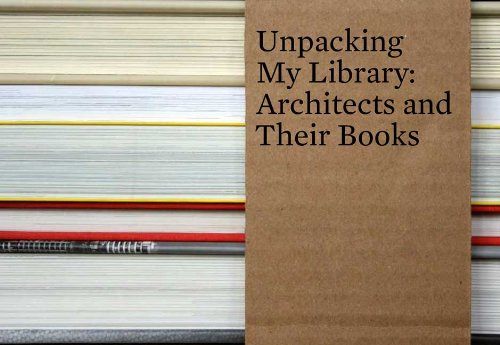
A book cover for Unpacking My Library: Architects and Their Books (Unpacking My Library Series); Crafts, Hobbies & Home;